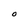
Character: O